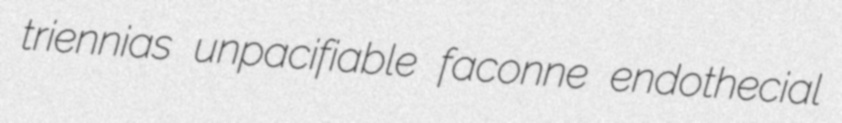
triennias unpacifiable faconne endothecial